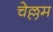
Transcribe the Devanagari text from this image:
चेल्लम